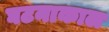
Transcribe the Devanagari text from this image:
घटनाकाल